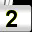
Digit: 2